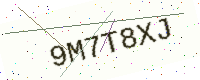
Text: 9M7T8XJ